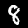
Label: 8